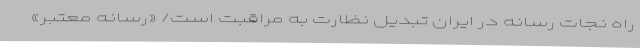
راه نجات رسانه‌ در ایران تبدیل نظارت به مراقبت است/ «رسانه معتبر»